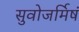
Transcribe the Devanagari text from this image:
सुवोजर्मिषं